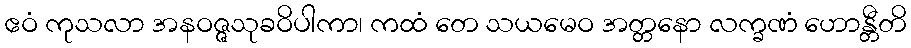
ဧဝံ ကုသလာ အနဝဇ္ဇသုခဝိပါကာ၊ ကထံ တေ သယမေဝ အတ္တနော လက္ခဏံ ဟောန္တီတိ